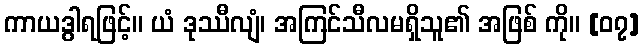
ကာယဒွါရဖြင့်။ ယံ ဒုဿီလျံ၊ အကြင်သီလမရှိသူ၏ အဖြစ် ကို။ [၀၇]